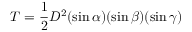
T = { \frac { 1 } { 2 } } D ^ { 2 } ( \sin \alpha ) ( \sin \beta ) ( \sin \gamma )